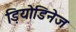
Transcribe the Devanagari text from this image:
ड़ियोडिनेज